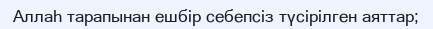
Аллаһ тарапынан ешбір себепсіз түсірілген аяттар;